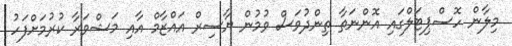
މިލާން ހޮސްޕިޓަލްގައި އޮންނަތާ ތިންދުވަސް ވުމުން ޔާސިރް އައްޒާމް އާއި މަޝްވަރާ ކުރުމަށްފަހު